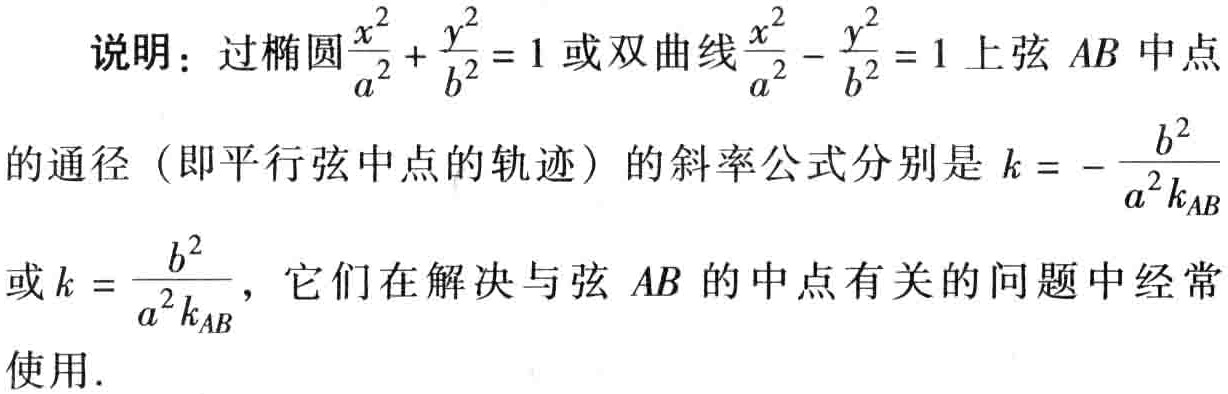
说明：过椭圆$\frac{x^{2}}{a^{2}} + \frac{y^{2}}{b^{2}} = 1$或双曲线$\frac{x^{2}}{a^{2}} - \frac{y^{2}}{b^{2}} = 1$上弦$AB$中点

的通径（即平行弦中点的轨迹）的斜率公式分别是$k = - \frac{b^{2}}{a^{2}k_{AB}}$

或$k = \frac{b^{2}}{a^{2}k_{AB}}$，它们在解决与弦$AB$的中点有关的问题中经常

使用.